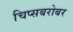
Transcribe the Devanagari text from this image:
चिप्सबरोबर